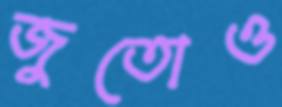
জুতোও